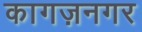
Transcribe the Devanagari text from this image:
कागज़नगर